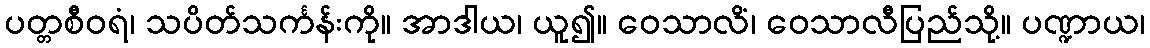
ပတ္တစီဝရံ၊ သပိတ်သင်္ကန်းကို။ အာဒါယ၊ ယူ၍။ ဝေသာလိံ၊ ဝေသာလီပြည်သို့။ ပဏ္ဍာယ၊